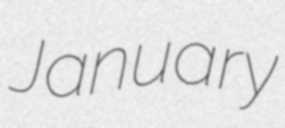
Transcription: January